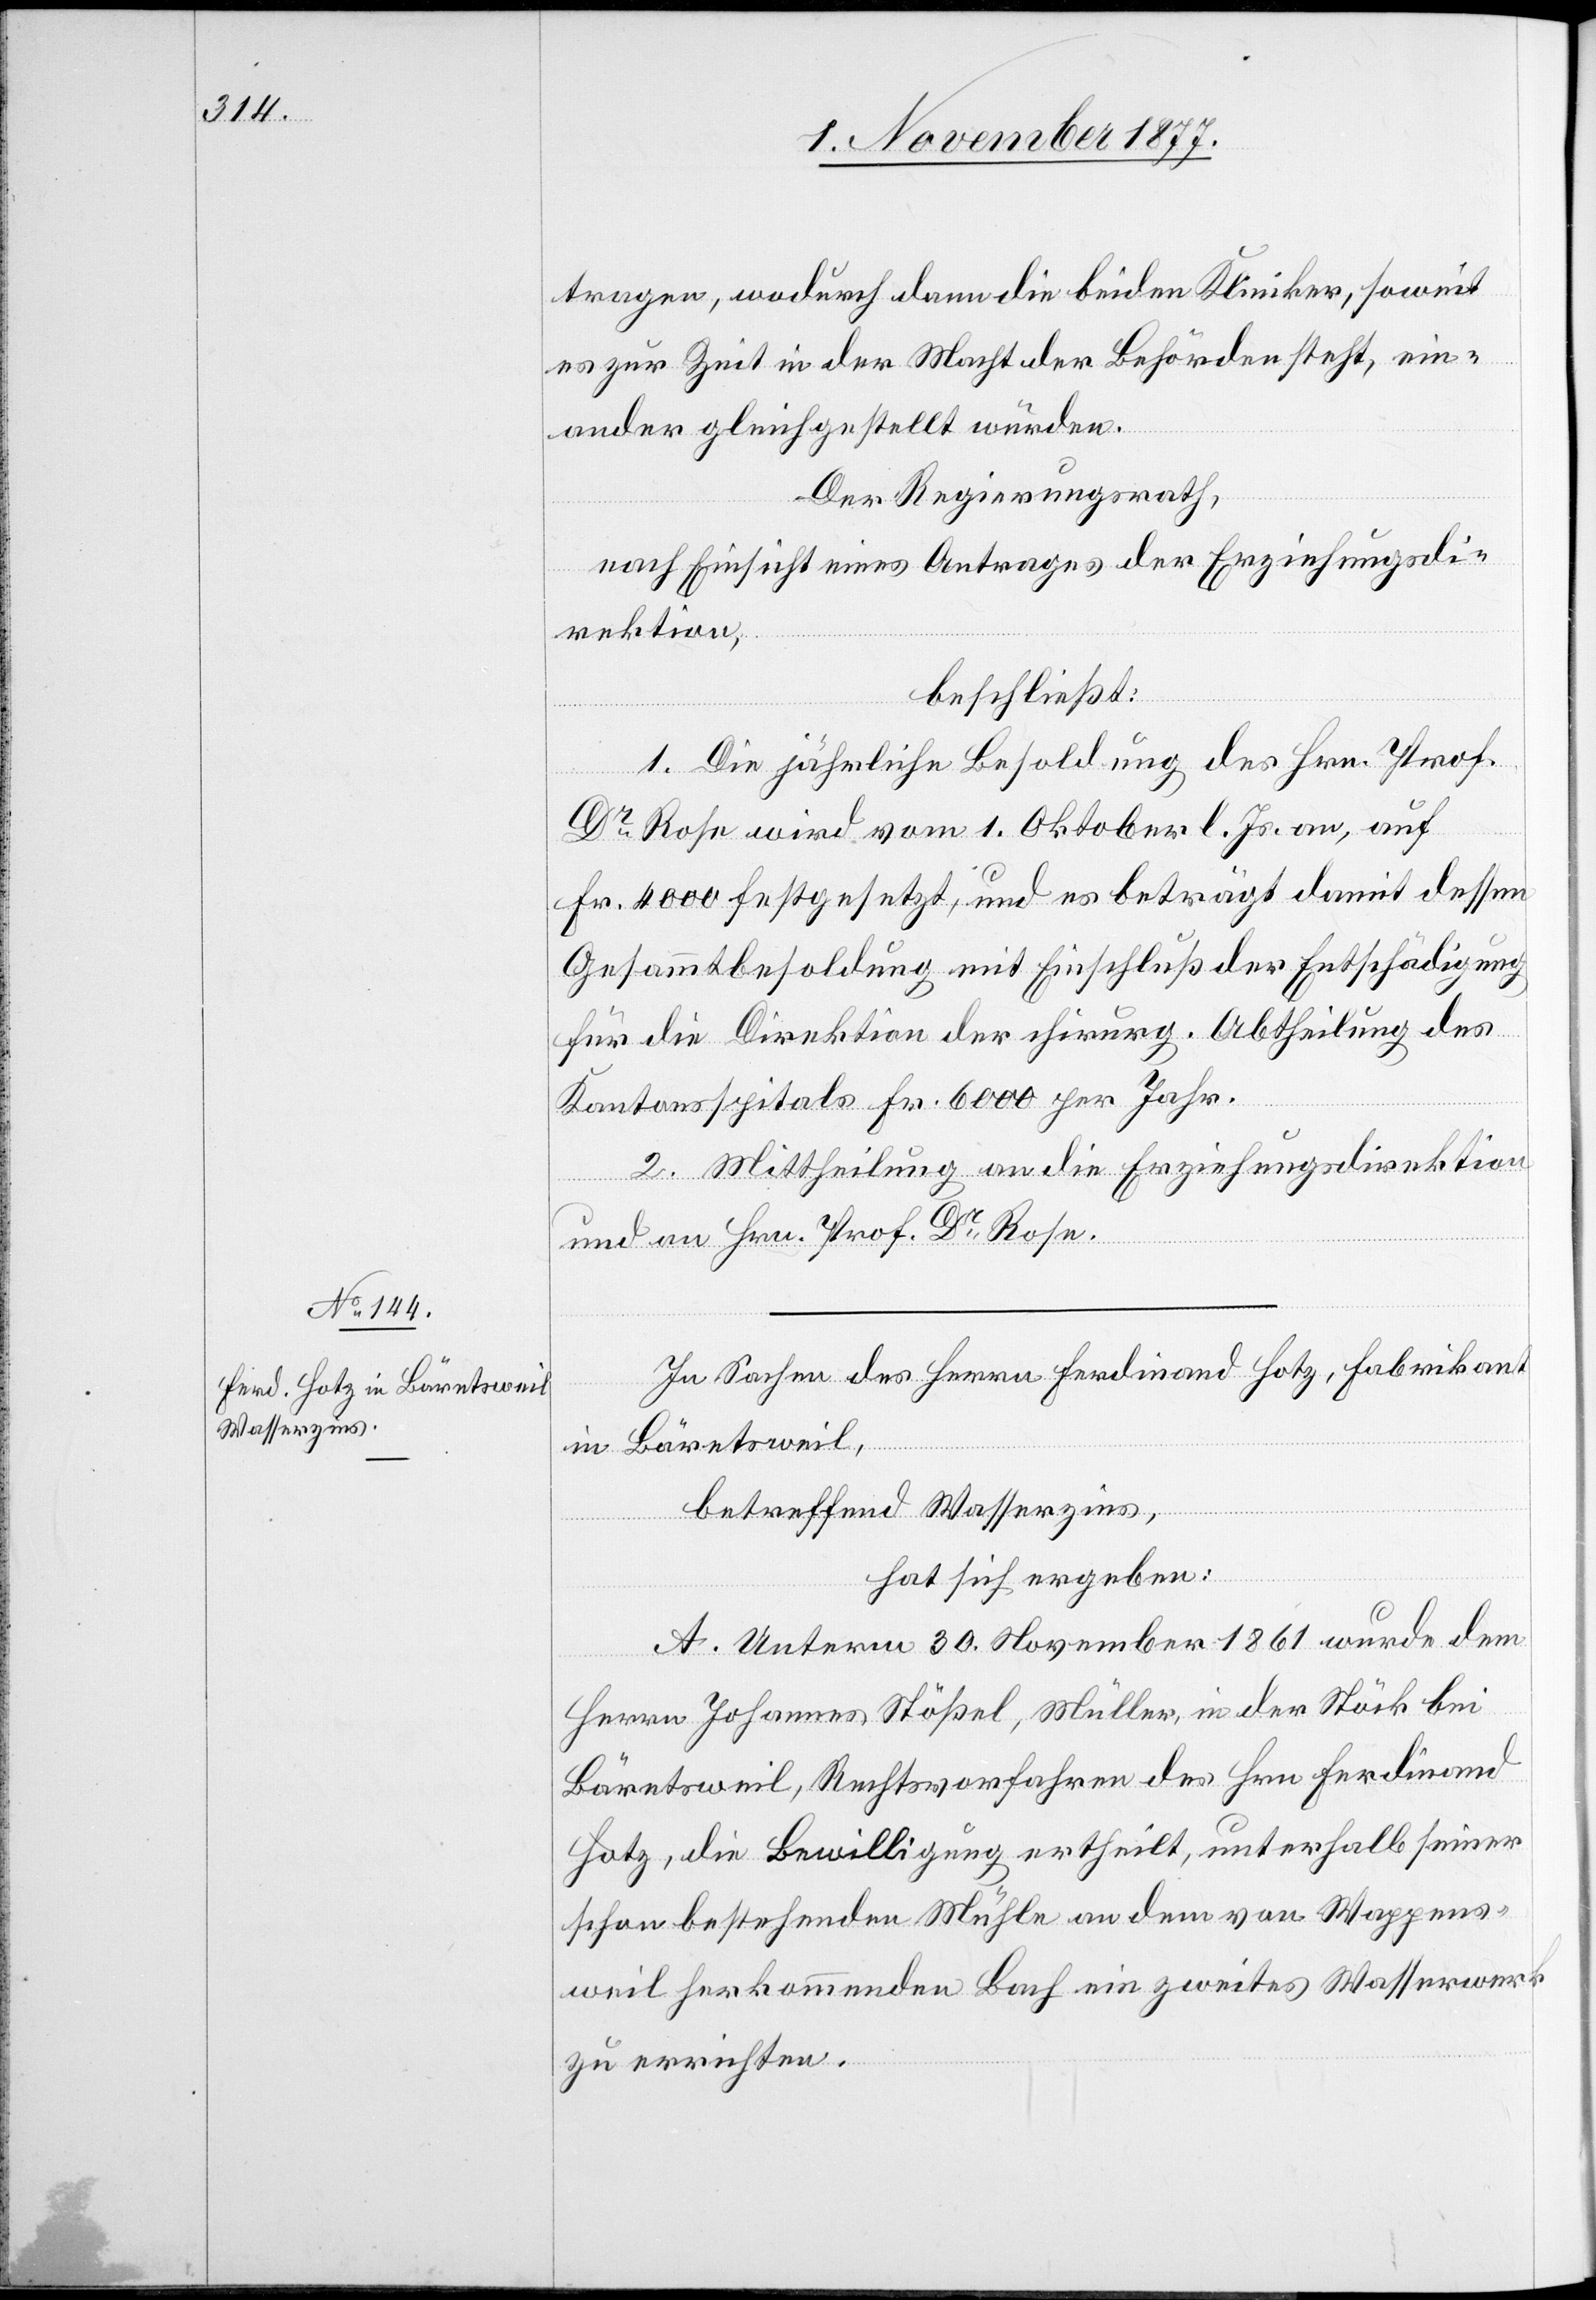
tragen, wodurch dann die beiden Kliniker, soweit
es zur Zeit in der Macht der Behörden steht, ein¬
ander gleichgestellt würden.
Der Regierungsrath,
nach Einsicht eines Antrages der Erziehungsdi¬
rektion,
beschließt:
1. Die jährliche Besoldung des Hrn. Prof.
Dr Rose wird vom 1. Oktober l. Js. an, auf
Fr. 4000 festgesetzt, und es beträgt damit dessen
Gesammtbesoldung mit Einschluß der Entschädigung
für die Direktion der chirurg. Abtheilung des
Kantonsspitals Fr. 6000 per Jahr.
2. Mittheilung an die Erziehungsdirektion
und an Hrn. Prof. Dr Rose.
In Sachen des Herrn Ferdinand Hotz, Fabrikant
in Bäretsweil,
betreffend Wasserzins,
hat sich ergeben:
A. Unterm 30. November 1861 wurde dem
Herrn Johannes Stößel, Müller, in der Stöck bei
Bäretsweil, Rechtsvorfahren des Hrn. Ferdinand
Hotz, die Bewilligung ertheilt, unterhalb seiner
schon bestehenden Mühle an dem von Wappens¬
weil herkommenden Bach ein zweites Wasserwerk
zu errichten.